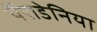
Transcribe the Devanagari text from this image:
पॅराडेनिया